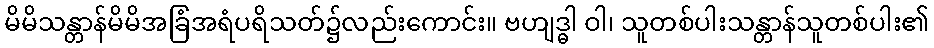
မိမိသန္တာန်မိမိအခြံအရံပရိသတ်၌လည်းကောင်း။ ဗဟျဒ္ဓါ ဝါ၊ သူတစ်ပါးသန္တာန်သူတစ်ပါး၏